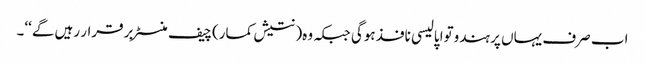
اب صرف یہاں پر ہندوتوا پالیسی نافذ ہوگی جبکہ وہ( نتیش کمار)چیف منسٹر برقرار رہیں گے‘‘۔